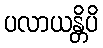
ပလာယန္တိပိ